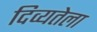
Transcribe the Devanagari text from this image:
दिव्यतेला